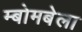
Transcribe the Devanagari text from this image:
म्बोमबेला